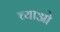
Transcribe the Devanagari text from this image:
च्याओ